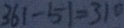
3 6 1 - 5 1 = 3 1 0